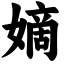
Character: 嫡